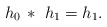
\begin{align*}h_0\, *\ h_1 = h_1.\end{align*}